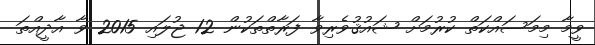
ވީމާ މިމަސައްކަތް ކުރުމަށް ޝައުޤުވެރިވާ ފަރާތްތަކުން 12 ޖުލައި 2015 ވާ އާދީއްތަ